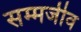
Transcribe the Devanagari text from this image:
सम्मजीव